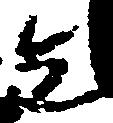
先